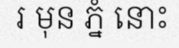
រ មុន ភ្នំ នោះ